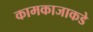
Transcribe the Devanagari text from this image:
कामकाजाकडे